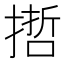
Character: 𢲃